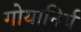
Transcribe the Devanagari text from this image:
गोयानिर्य